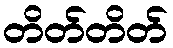
တိတ်တိတ်